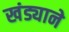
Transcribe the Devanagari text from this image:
खंड्याने